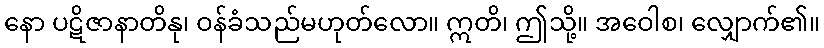
နော ပဋိဇာနာတိနု၊ ဝန်ခံသည်မဟုတ်လော။ ဣတိ၊ ဤသို့။ အဝေါစ၊ လျှောက်၏။